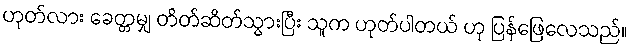
ဟုတ်လား ခေတ္တမျှ တိတ်ဆိတ်သွားပြီး သူက ဟုတ်ပါတယ် ဟု ပြန်ဖြေလေသည်။